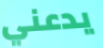
يدعني